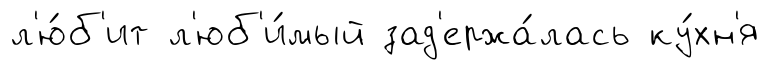
л'ю́б'ит л'юб'и́мый зад'ержа́лась ку́хн'я